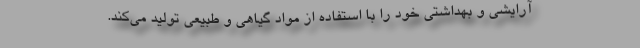
آرایشی و بهداشتی خود را با استفاده از مواد گیاهی و طبیعی تولید می‌کند.